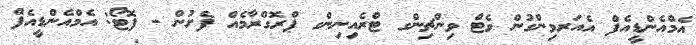
އެމްއެންޑީއެފް އެއަރވިންގުން ވެޓް ވިންޗިންގ ޓްރެއިނިންގ ޕްރޮގްރާމެއް ފެށުން - ފޮޓޯ: އެމްއެންޑީއެފް